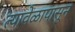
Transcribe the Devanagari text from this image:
त्यावेळापासून